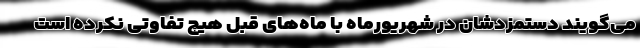
می‌گویند دستمزدشان در شهریورماه با ماه‌های قبل هیچ تفاوتی نکرده است